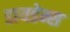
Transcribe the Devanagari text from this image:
डायडेम्स